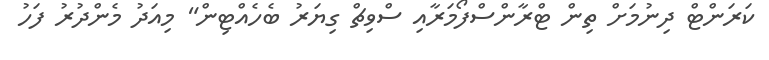
ކަރަންޓް ދިނުމަށް ތިން ޓްރާންސްފޯމަރާއި ސްވިޗް ގިޔަރު ބެހެއްޓިން" މިއަދު މެންދުރު ފަހު